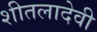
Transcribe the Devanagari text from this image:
शीतलादेवी